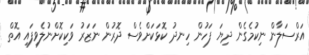
އަރްސަލާން ނިކުމެގެން ދިޔަ ފަހުން ހިނދު ކޮޅަކަށްވެސް ދޮރުން ނަޒަރު ވަކިކޮށްނުލެވިފައި އޮތް